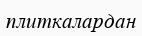
плиткалардан